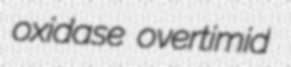
oxidase overtimid